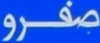
صفرو